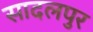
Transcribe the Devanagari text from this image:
सादलपुर